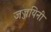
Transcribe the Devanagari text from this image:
जज्जयिनी